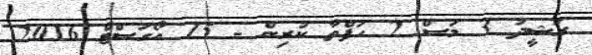
ރަޝީދު 3 މަސް 2 ހަފްތާ ކުރިން - 15 އޯގަސްޓް 2016